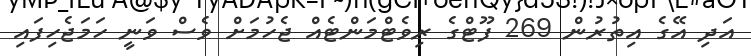
އަދި އޭގެ އިތުރުން 269 ފޫޓްގެ ރިވެޓްމަންޓެއް ޖެހުމަށް ވެސް ވަނީ ހަމަޖެހިފައި